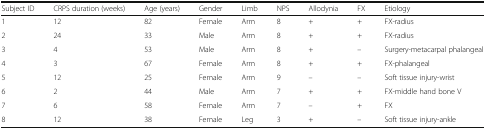
| Subject ID | CRPS duration (weeks) | Age (years) | Gender | Limb | NPS | Allodynia | FX | Etiology |
 | --- | --- | --- | --- | --- | --- | --- | --- | --- |
 | 1 | 12 | 82 | Female | Arm | 8 | + | + | FX-radius |
 | 2 | 24 | 33 | Male | Arm | 8 | + | + | FX-radius |
 | 3 | 4 | 53 | Male | Arm | 8 | + | – | Surgery-metacarpal phalangeal |
 | 4 | 3 | 67 | Female | Arm | 8 | + | + | FX-phalangeal |
 | 5 | 12 | 25 | Female | Arm | 9 | – | – | Soft tissue injury-wrist |
 | 6 | 2 | 44 | Male | Arm | 7 | + | + | FX-middle hand bone V |
 | 7 | 6 | 58 | Female | Arm | 7 | – | + | FX |
 | 8 | 12 | 38 | Female | Leg | 3 | + | – | Soft tissue injury-ankle |